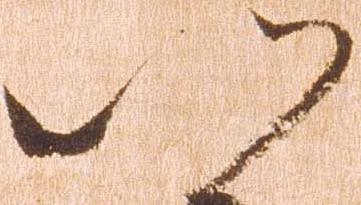
以